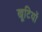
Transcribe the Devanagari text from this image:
खूटियों